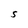
Character: S